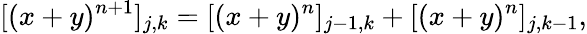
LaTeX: [(x+y)^{n+1}]_{j,k}=[(x+y)^{n}]_{j-1,k}+[(x+y)^{n}]_{j,k-1},